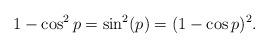
LaTeX: \begin{align*}1-\cos^2p=\sin^2(p)=(1-\cos p)^2. \end{align*}